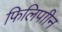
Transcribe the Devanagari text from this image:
फिलिपाीन